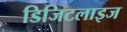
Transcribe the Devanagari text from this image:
डिजिटलाइज